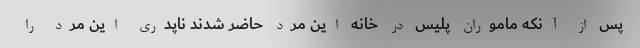
پس از آنکه ماموران پلیس در خانه این مرد حاضر شدند ناپدری این مرد را